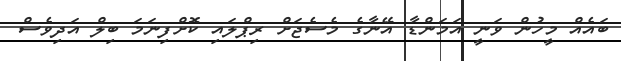
ބައެއް މީހުން ވަނީ އަމަންޑާ އޭނާގެ މެސެޖަށް ރިޕްލައި ކޮށްފިނަމަ ބިލް އަދިވެސް